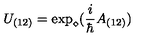
U _ { ( 1 2 ) } = \exp _ { \diamond } ( \frac { i } { \hbar } A _ { ( 1 2 ) } )